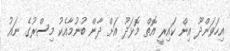
އިހަވަންދޫ އިން ކައިރީ އޮތް މޮޅަދޫ އަށް ދާން ބުނުމާއެކު މިސްރުގެ ނައު